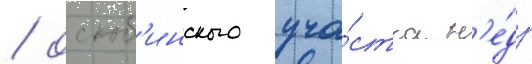
/ оскоб'инского уча́стка н'е́др